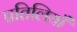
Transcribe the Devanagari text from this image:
प्रतिलियाँ